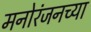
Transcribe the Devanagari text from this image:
मनोरंजनच्या